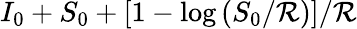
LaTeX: I_{0}+S_{0}+\left[1-\log\left(S_{0}/\mathcal{R}\right)\right]/\mathcal{R}